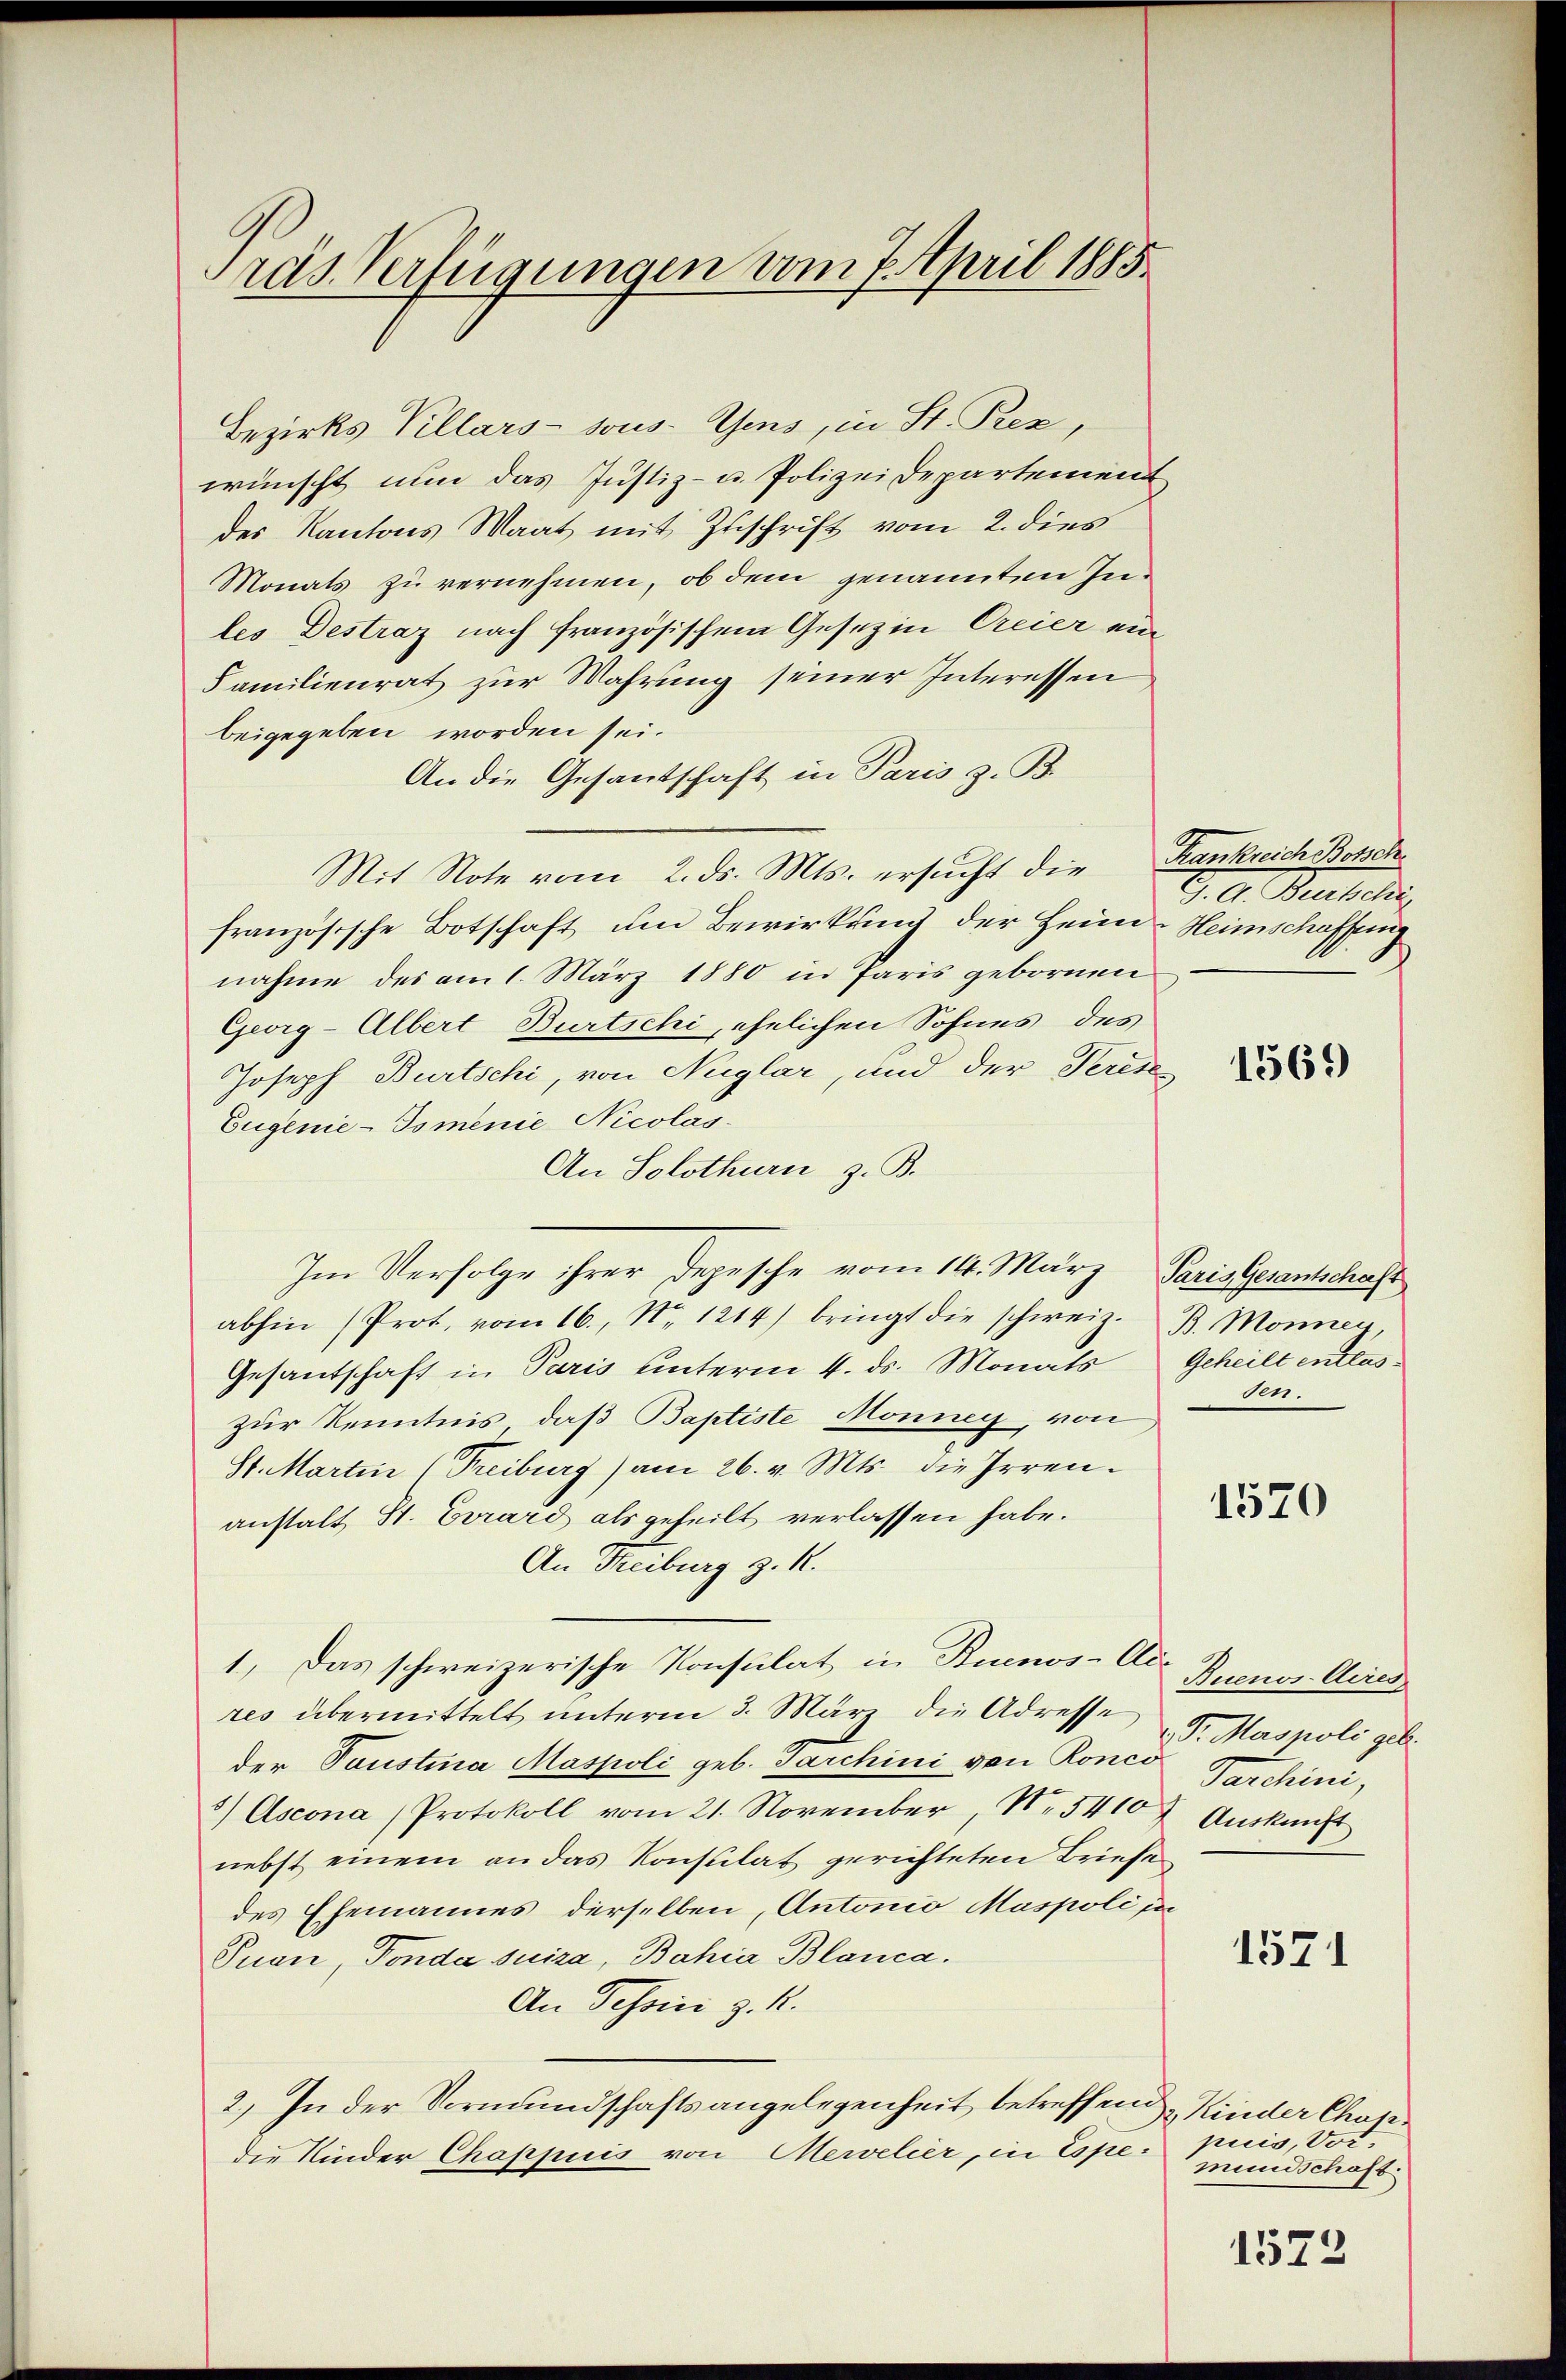
räs. Verfügungen vom 7. April 1885.

Bezirks Villars sous- Gens, in St. Pez,
wünscht nun das Justiz- u. Polizei Departement
des Kantons Waat mit Zuschrift vom 2. dies
Monats zu vernehmen, ob dem genannten Inles Destraz nach französischen Gesezin Creier ein
Familienrat zur Wahrung seiner Interessen
beigegeben worden sei.
An die Gesandschaft in Paris z. B.
Mit Note vom 2. ds. Mts. ersucht die Krankreich Bosschfranzösische Botschaft um Bewirkung der Heim Heimschaffung
nahme des am 1. März 1880 in Paris gebornen
Georg-Albert Burtschi, ehelichen Sohnes des
Joseph Burtschi, von Nuglar, und der Teres
Eugenie-Isminie Nicolas¬
An Solothurn, z. B.
Im Verfolge ihrer Depesche vom 14. März, Paris Gesantschaft
abhin (Prot. vom 16. No. 1214) bringt die schweiz. B. Monnen,
Gesandschaft in Paris unterm 4. ds. Monats Geheilt entlaszur Kenntnis, daß Baptiste Monney, von
St. Martin (Freiburg) am 26. v. Mts. die Irrenanstalt St. Girard als geheilt verlassen habe.
An Freiburg z. K.
1.) Das schweizerische Konsulat in Buenos-Ade
res übermittelt unterm 3. März die Adresse
der Taustina Maspoli geb. Tarchini von Ronco
5) Ascona (Protokoll vom 21. November, Nr. 54107 Auskunft
nebst einem an das Konsulat gerichteten Briefe
des Ehemannes derselben, Antonio Maspoli in
Puan, Fonda suisa, Bahia Blanca.
An Tessin z. K.
2.) In der Vormundschaftsangelegenheit betreffend Kinder Choridie Kinder Chappuis von Merelier, in Espe puis, Vor¬

G. A. Burtschi

1569)

1041.

1570

Buenos-Aires
Pr. Maspoli geb.
Parchini,

1571

mundschaft.

1572